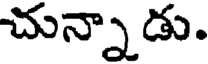
చున్నాడు.